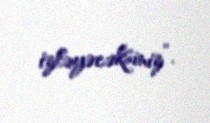
izləyəcəksiniz”.